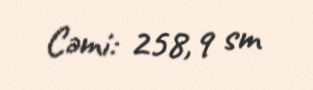
Cəmi: 258,9 sm